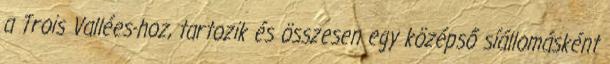
a Trois Vallées-hoz, tartozik és összesen egy középső síállomásként